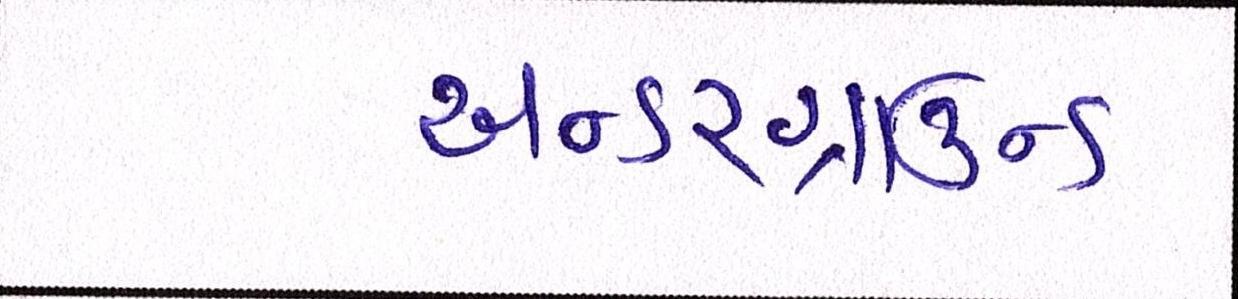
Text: અન્ડરગ્રાઉન્ડ